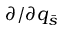
\partial / \partial { q _ { \bar { s } } }